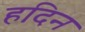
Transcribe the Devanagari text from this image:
हदिन